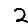
Digit: 2